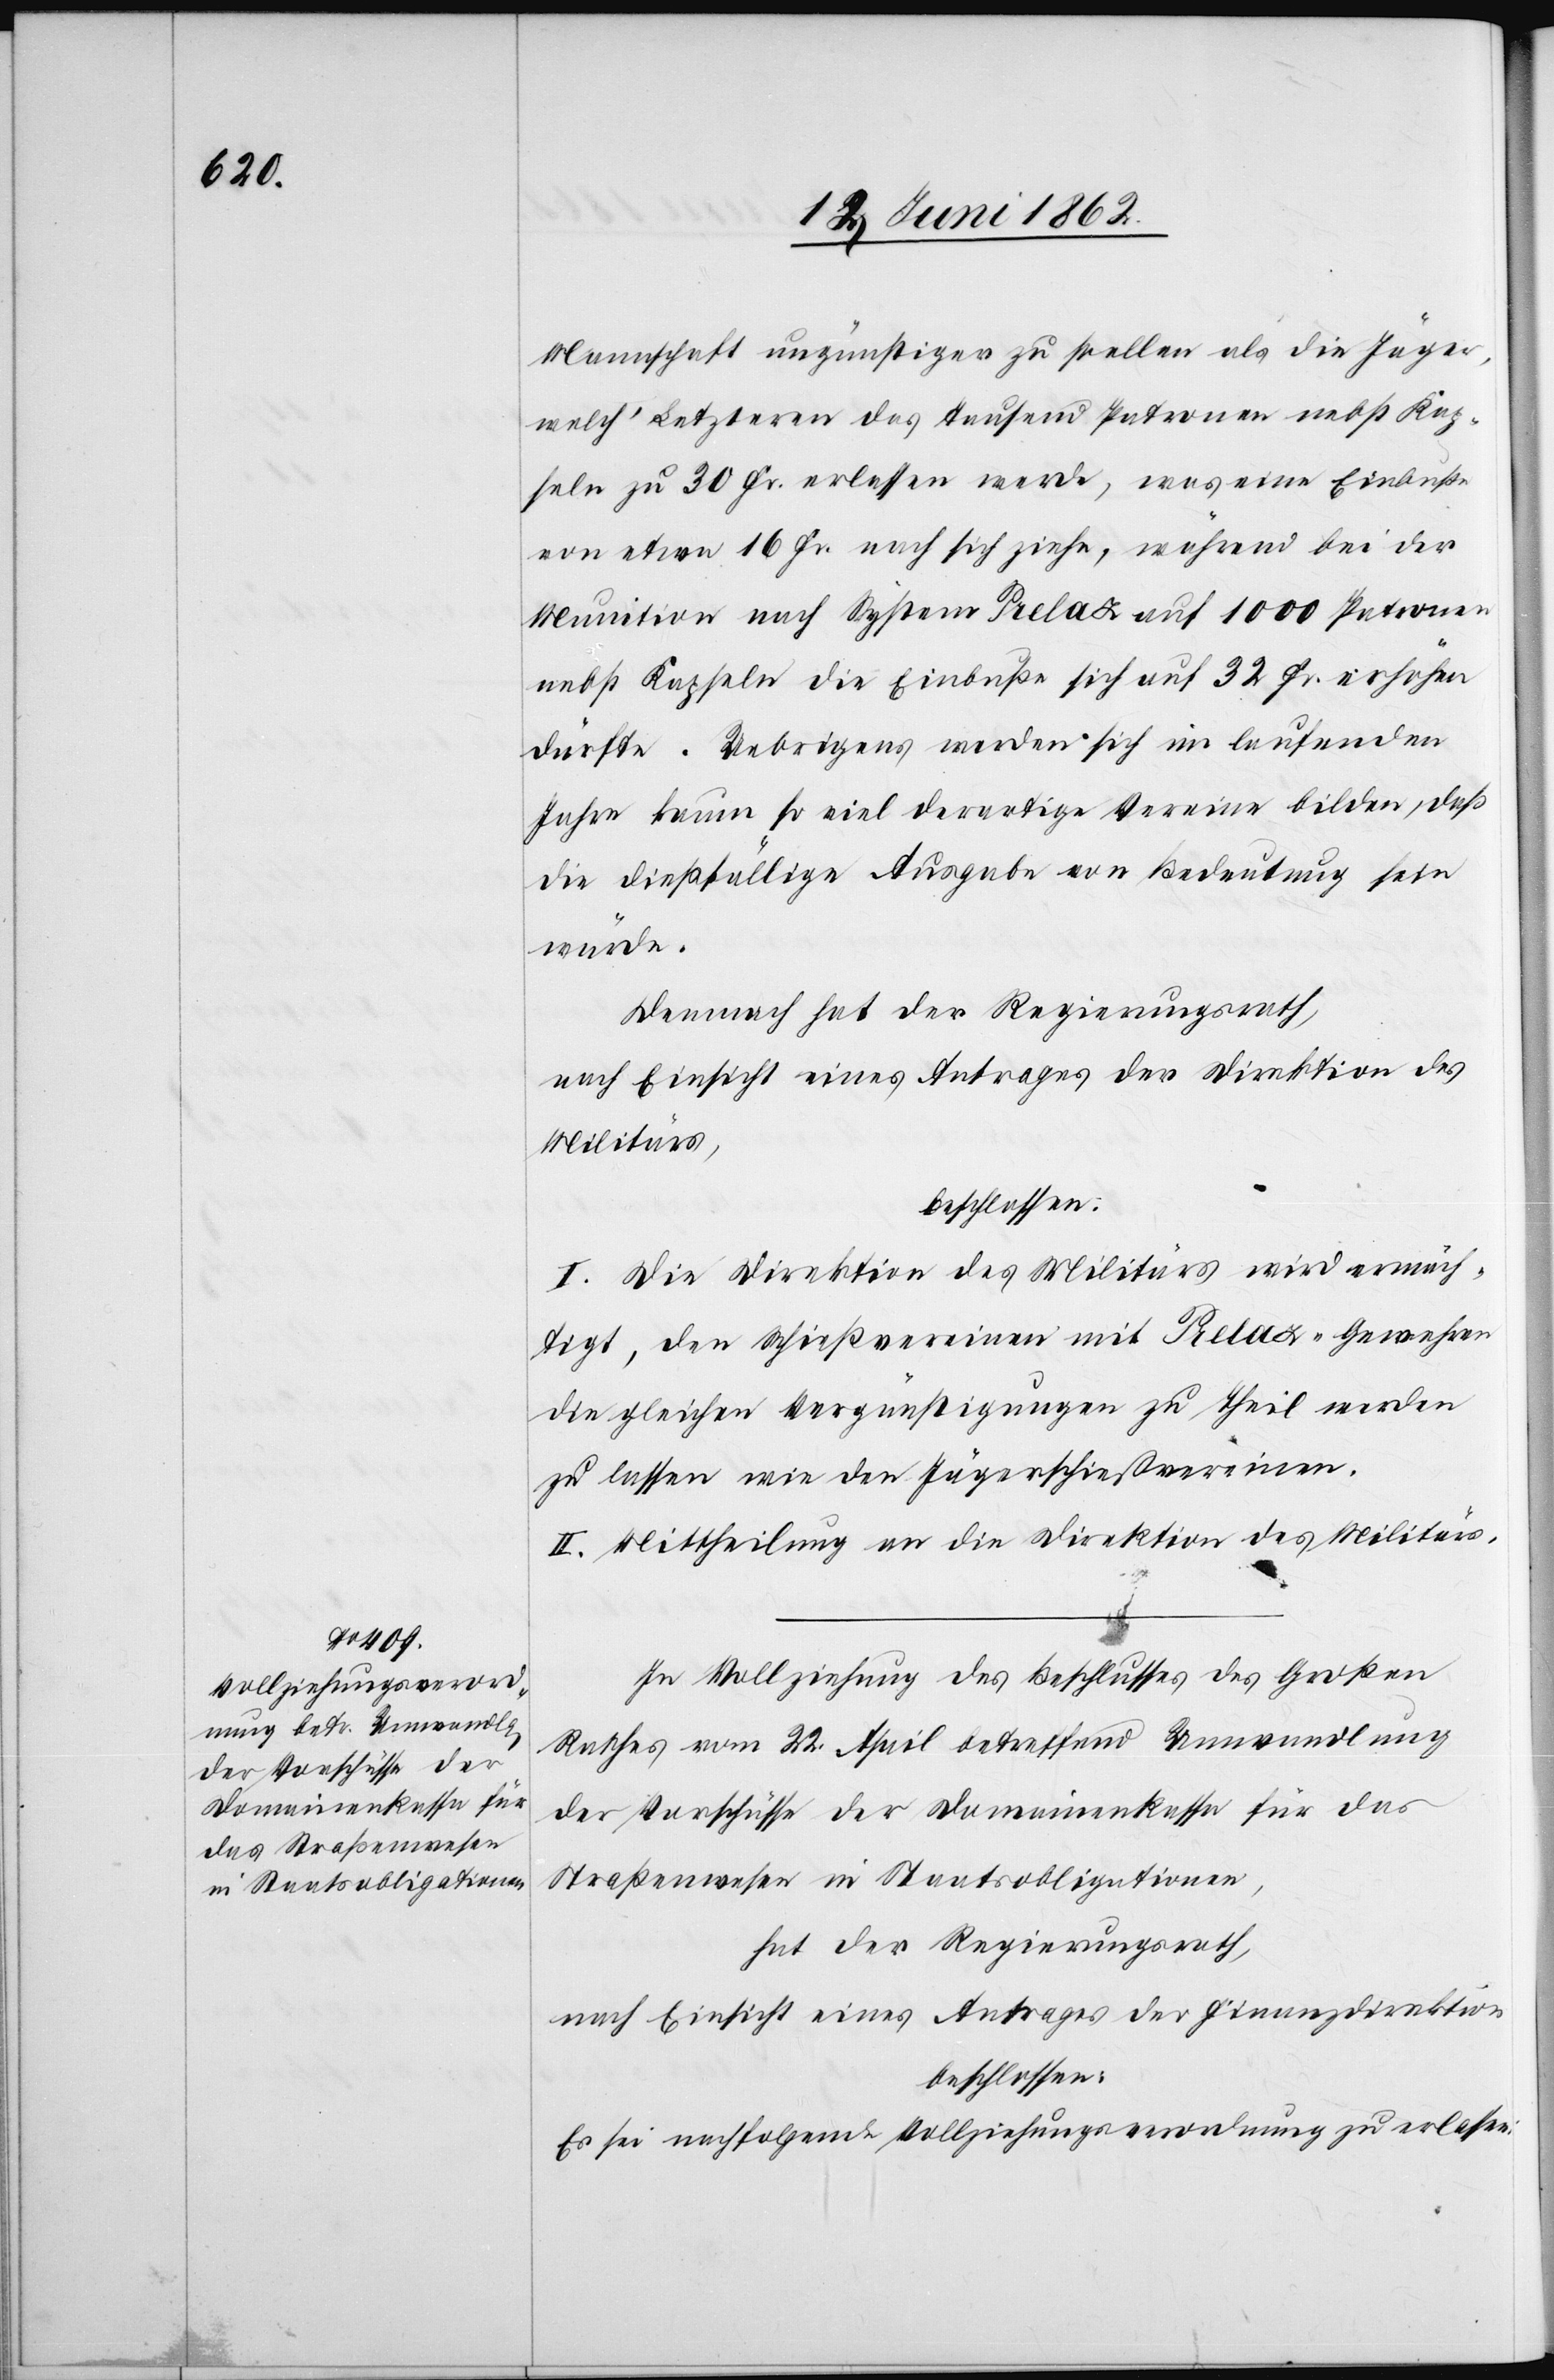
Mannschaft ungünstiger zu stellen als die Jäger,
welch’ Letzteren das Tausend Patronen nebst Kap¬
seln zu 30 Fr. erlassen werde, was eine Einbuße
von etwa 16 Fr. nach sich ziehe, während bei der
Munition nach System Prelay auf 1000 Patronen
nebst Kapseln die Einbuße sich auf 32 Fr. erhöhen
dürfte. Uebrigens werden sich im laufenden
Jahre kaum so viel derartige Vereine bilden, daß
die dießfällige Ausgabe von Bedeutung sein
würde.
Demnach hat der Regierungsrath,
nach Einsicht eines Antrages der Direktion des
Militärs,
beschlossen:
I. Die Direktion des Militärs wird ermäch¬
tigt, den Schießvereinen mit Prelax-Gewehren
die gleichen Vergünstigungen zu Theil werden
zu lassen wie den Jägerschießvereinen.
II. Mittheilung an die Direktion des Militärs.
In Vollziehung des Beschlusses des Großen
Rathes vom 22. April betreffend Umwandlung
der Vorschüsse der Domainenkasse für das
Straßenwesen in Staatsobligationen,
hat der Regierungsrath,
nach Einsicht eines Antrages der Finanzdirektion
beschlossen:
Es sei nachfolgende Vollziehungsanordnung zu erlassen: